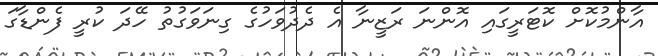
އާންމުކޮށް ކޮޓަރީގައި އޮންނަ ރަޒީނާ އެ ދެދުވަހުގެ ގިނަވަގުތު ހޭދަ ކުރީ ފެންޑާގަ